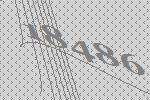
18486